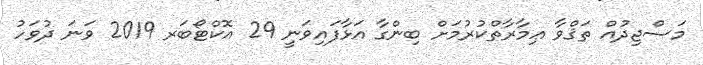
މަސްޖިދުއް ތަޤްވާ ޢިމާރާތްކުރުމަށް ބިންގާ އަޅާފައިވަނީ 29 އޮކްޓޯބަރ 2019 ވަނަ ދުވަހު